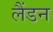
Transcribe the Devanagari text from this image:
लैंडन